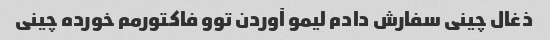
ذغال چینی سفارش دادم لیمو آوردن توو فاکتورمم خورده چینی